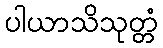
ပါယာသိသုတ္တံ